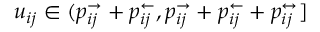
u _ { i j } \in ( p _ { i j } ^ { \rightarrow } + p _ { i j } ^ { \leftarrow } , p _ { i j } ^ { \rightarrow } + p _ { i j } ^ { \leftarrow } + p _ { i j } ^ { \leftrightarrow } ]